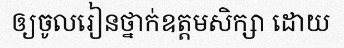
ឲ្យចូលរៀនថ្នាក់ឧត្តមសិក្សា ដោយ